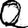
Digit: 0